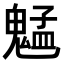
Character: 𫙍